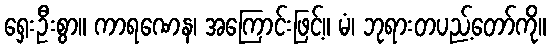
ရှေးဦးစွာ။ ကာရဏေန၊ အကြောင်းဖြင့်။ မံ၊ ဘုရားတပည့်တော်ကို။